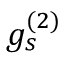
g _ { s } ^ { ( 2 ) }